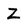
Character: Z